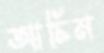
আচিম